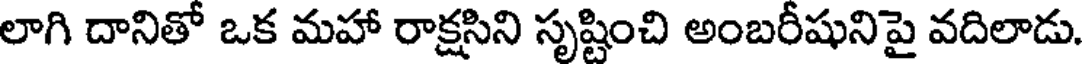
లాగి దానితో ఒక మహా రాక్షసిని సృష్టించి అంబరీషునిపై వదిలాడు.